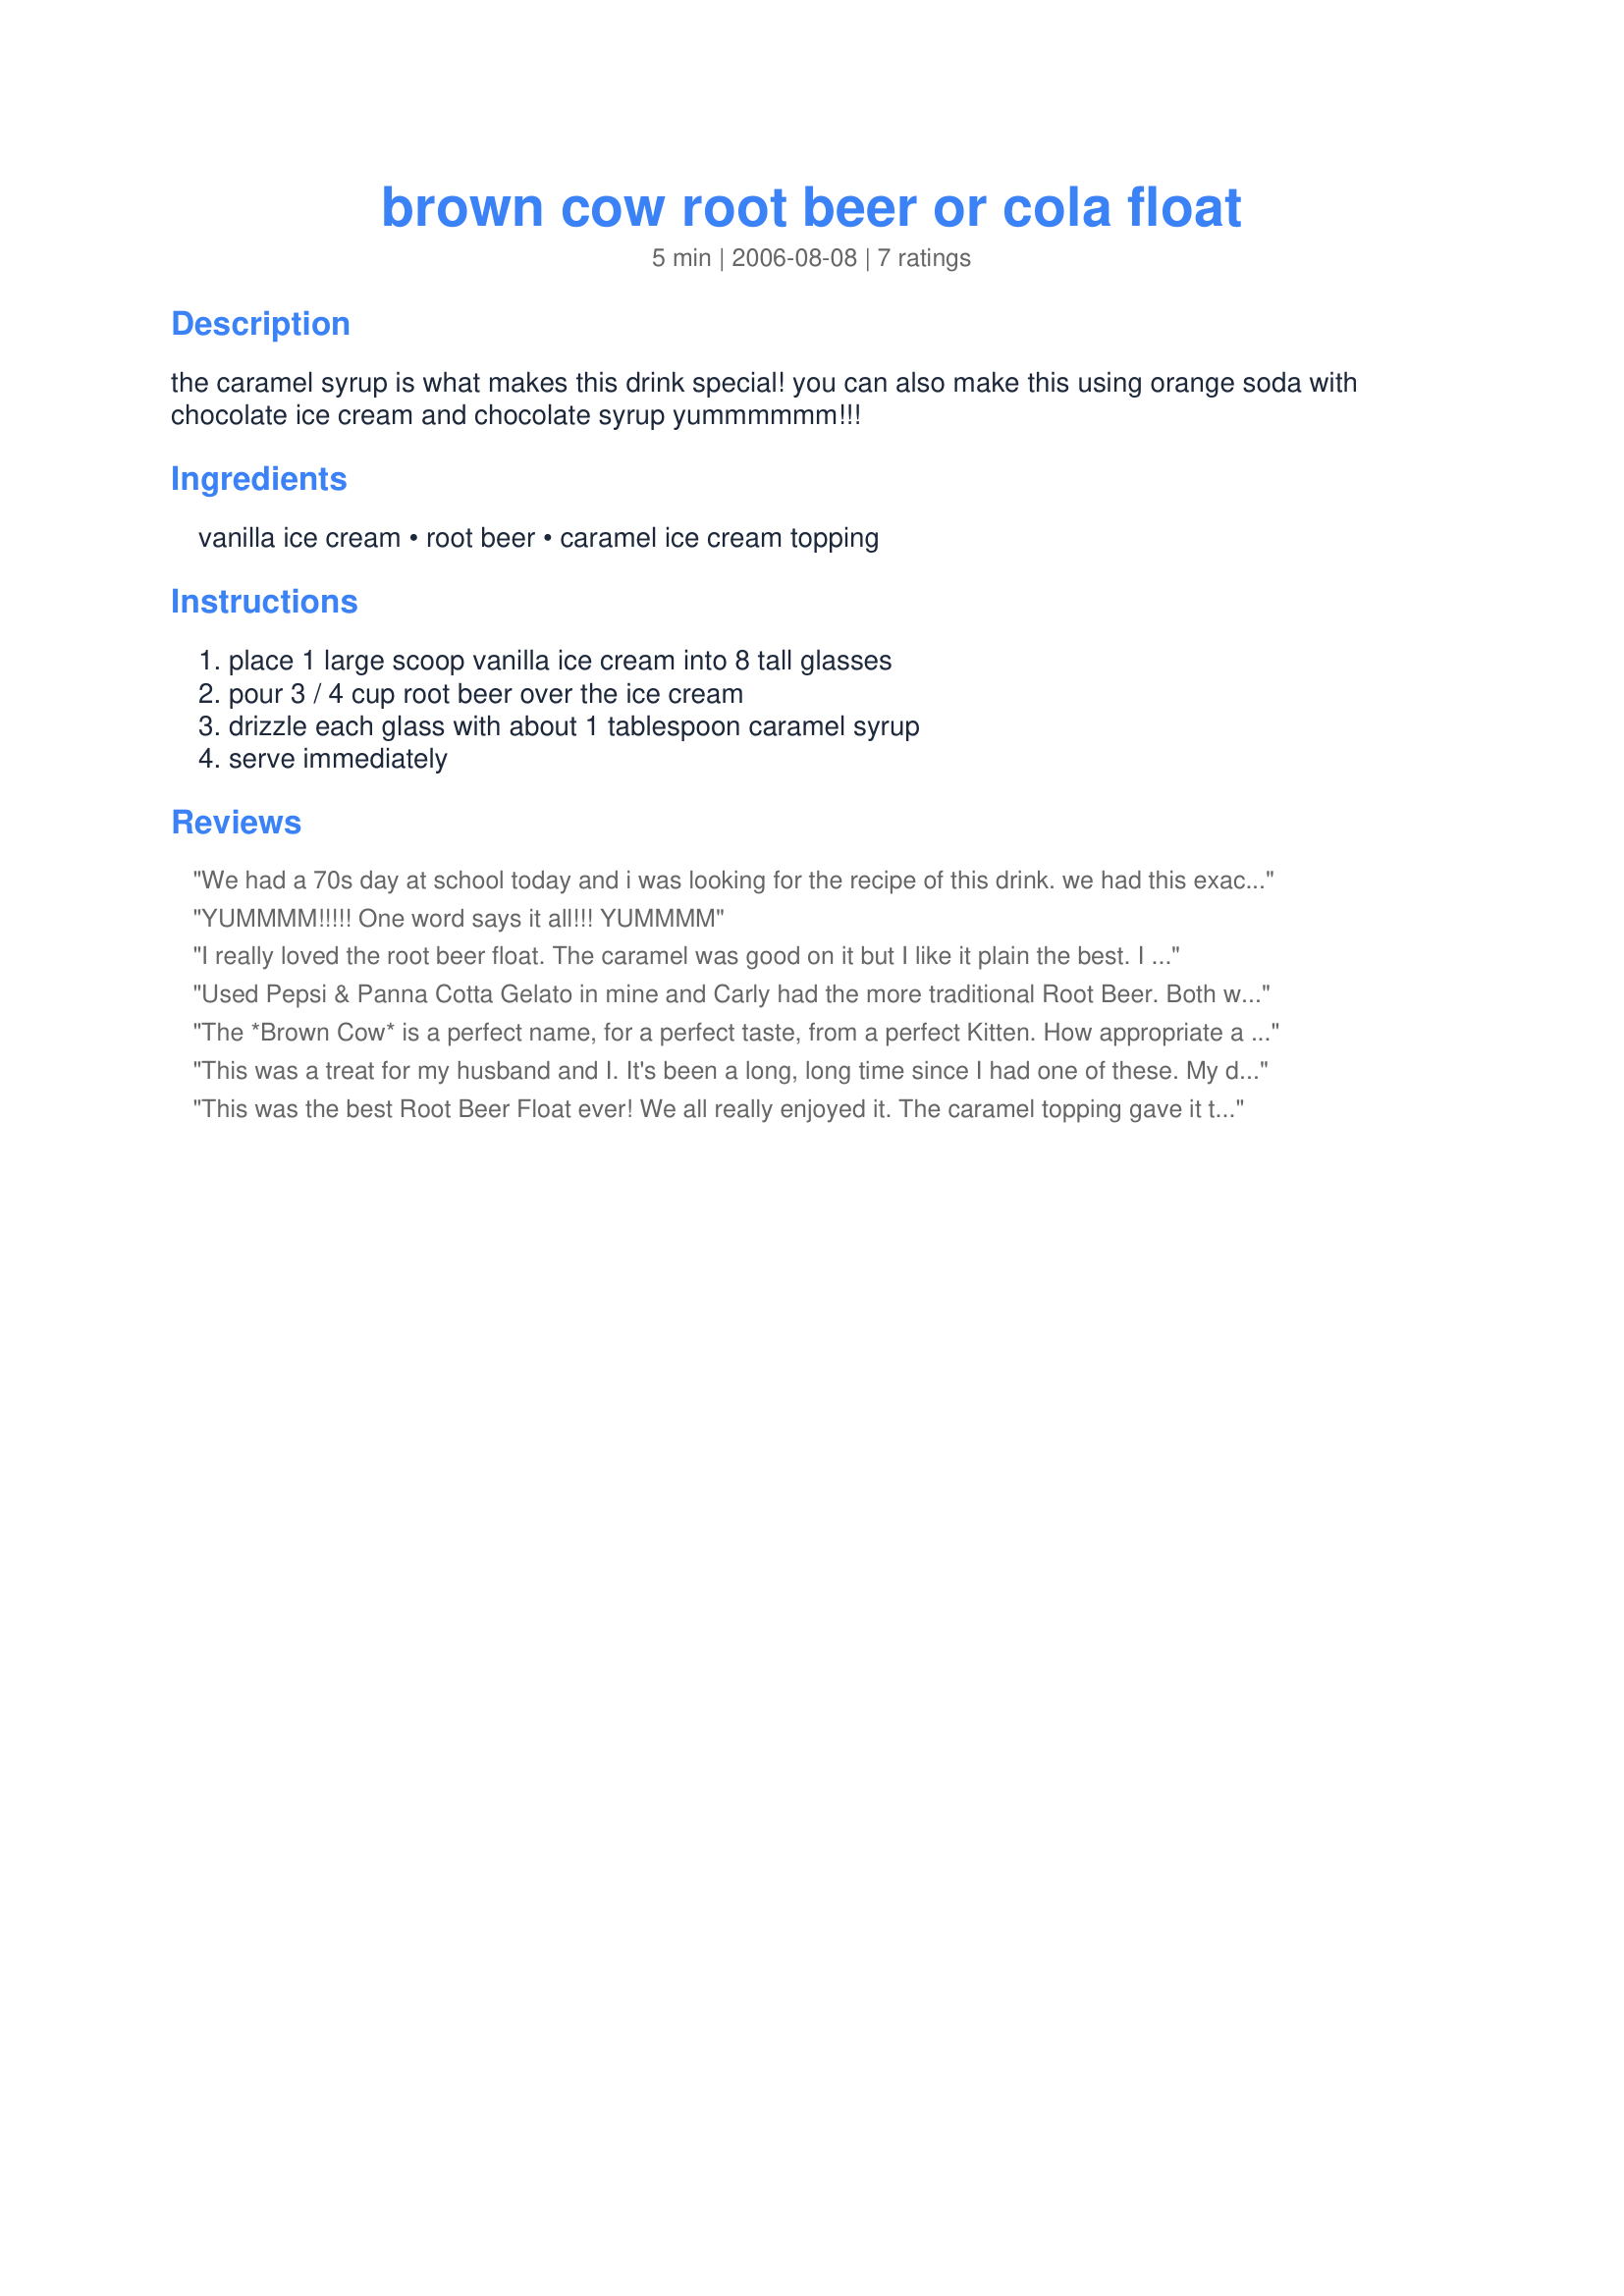
brown cow root beer or cola float
Preparation time: 5 minutes

the caramel syrup is what makes this drink special! you can also make this using orange soda with chocolate ice cream and chocolate syrup yummmmmm!!!

Ingredients:
vanilla ice cream, root beer, caramel ice cream topping

Steps:
place 1 large scoop vanilla ice cream into 8 tall glasses, pour 3 / 4 cup root beer over the ice cream, drizzle each glass with about 1 tablespoon caramel syrup, serve immediately

Reviews:
We had a 70s day at school today and i was looking for the recipe of this drink. we had this exactly and it was so tempting we went up for thirds. Thanks for posting. Miss Pixie x x x :)
YUMMMM!!!!! One word says it all!!! YUMMMM
I really loved the root beer float. The caramel was good on it but I like it plain the best. I wonder what it would taste like if I used Coke. I might have to give that a try later on. Thank you for posting. Made for 1-2-3 Hit Wonders 2007 game.
Used Pepsi & Panna Cotta Gelato in mine and Carly had the more traditional Root Beer. Both were delicious Made for the KITTENCAL cook-a-thon in memory of her beloved husband.
The *Brown Cow* is a perfect name, for a perfect taste, from a perfect Kitten. How appropriate a cattle farm should have this wonderful delightful treat this afternoon. I made this into 2 servings and used real, honest to goodness, "Stewarts" root beer, Bryers ice cream, and the ever so yummy caramel sauce ice cream topping lightly drizzled atop. Wonderful and will make often! Thank you Kitten for another strking-ing-ling great recipe! Made for *I Recommend* February 2009.
This was a treat for my husband and I. It's been a long, long time since I had one of these. My daughter enjoyed it too!
This was the best Root Beer Float ever! We all really enjoyed it. The caramel topping gave it that extra "Mmmmmmm" that makes this such a wonderful treat.
